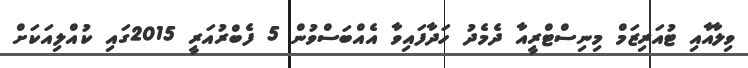
ވިލާއާއި ޓުއަރިޒަމް މިނިސްޓްރީއާ ދެމެދު ހަދާފައިވާ އެއްބަސްވުން 5 ފެބްރުއަރީ 2015ގައި ކުއްލިއަކަށް